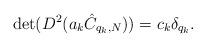
LaTeX: \begin{align*}\det (D^2 (a_k \hat C_{q_k, N})) = c_k \delta_{q_k}.\end{align*}